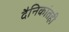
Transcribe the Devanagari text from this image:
दैनिकांतही